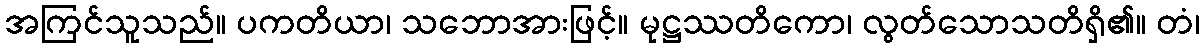
အကြင်သူသည်။ ပကတိယာ၊ သဘောအားဖြင့်။ မုဋ္ဌဿတိကော၊ လွတ်သောသတိရှိ၏။ တံ၊